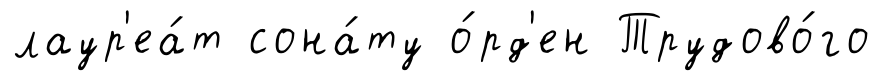
лаур'еа́т сона́ту о́рд'ен Трудово́го